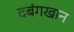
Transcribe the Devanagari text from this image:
दबंगखान